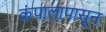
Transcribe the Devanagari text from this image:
कंपालापासून